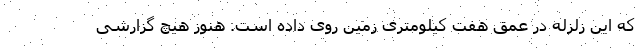
که این زلزله در عمق هفت کیلومتری زمین روی داده است. هنوز هیچ گزارشی